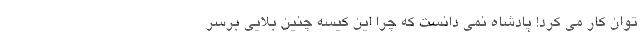
توان کار می کرد! پادشاه نمی دانست که چرا این کیسه چنین بلایی برسر